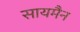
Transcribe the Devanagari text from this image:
सायमैन